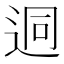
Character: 迵